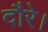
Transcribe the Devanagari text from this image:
दौरे।